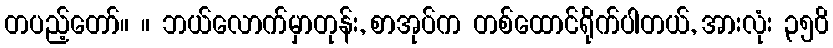
တပည့်တော်။ ။ ဘယ်လောက်မှာတုန်း, စာအုပ်က တစ်ထောင်ရိုက်ပါတယ်, အားလုံး ၃၅၀ိ